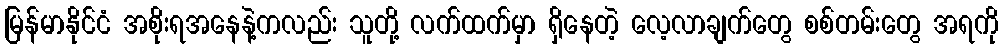
မြန်မာနိုင်ငံ အစိုးရအနေနဲ့ကလည်း သူတို့ လက်ထက်မှာ ရှိနေတဲ့ လေ့လာချက်တွေ စစ်တမ်းတွေ အရကို